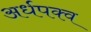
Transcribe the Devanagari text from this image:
अर्धपक्व